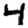
Digit: 4